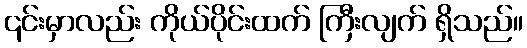
၎င်းမှာလည်း ကိုယ်ပိုင်းထက် ကြီးလျက် ရှိသည်။